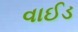
વાઈડ